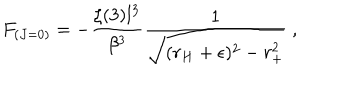
F _ { ( J = 0 ) } = - \frac { \zeta ( 3 ) l ^ { 3 } } { \beta ^ { 3 } } \frac { 1 } { \sqrt { ( r _ { H } + \epsilon ) ^ { 2 } - r _ { + } ^ { 2 } } } ~ ,